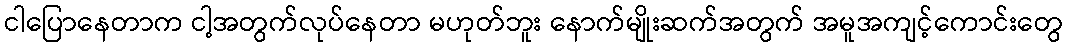
ငါပြောနေတာက ငါ့အတွက်လုပ်နေတာ မဟုတ်ဘူး နောက်မျိုးဆက်အတွက် အမူအကျင့်ကောင်းတွေ